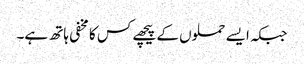
جبکہ ایسے حملوں کے پیچھے کس کا مخفی ہاتھ ہے۔